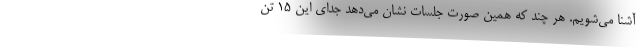
آشنا می‌شویم. هر چند که همین صورت جلسات نشان می‌دهد جدای این 15 تَن